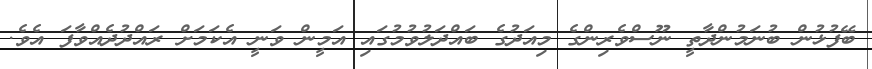
ބޭފުޅުން ބުނަމުންދާތީ ނޫސްވެރިންގެ މިއަދުގެ ބައްދަލުވުމުގައި އަމީން ވަނީ އެކަމަށް ރައްދުދެއްވާފަ އެވެ.